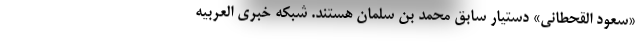
«سعود القحطانی» دستیار سابق محمد بن سلمان هستند. شبکه خبری العربیه